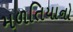
મળતિયાનો